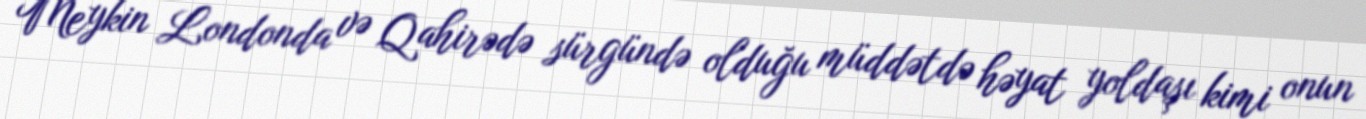
Meykin Londonda və Qahirədə sürgündə olduğu müddətdə həyat yoldaşı kimi onun